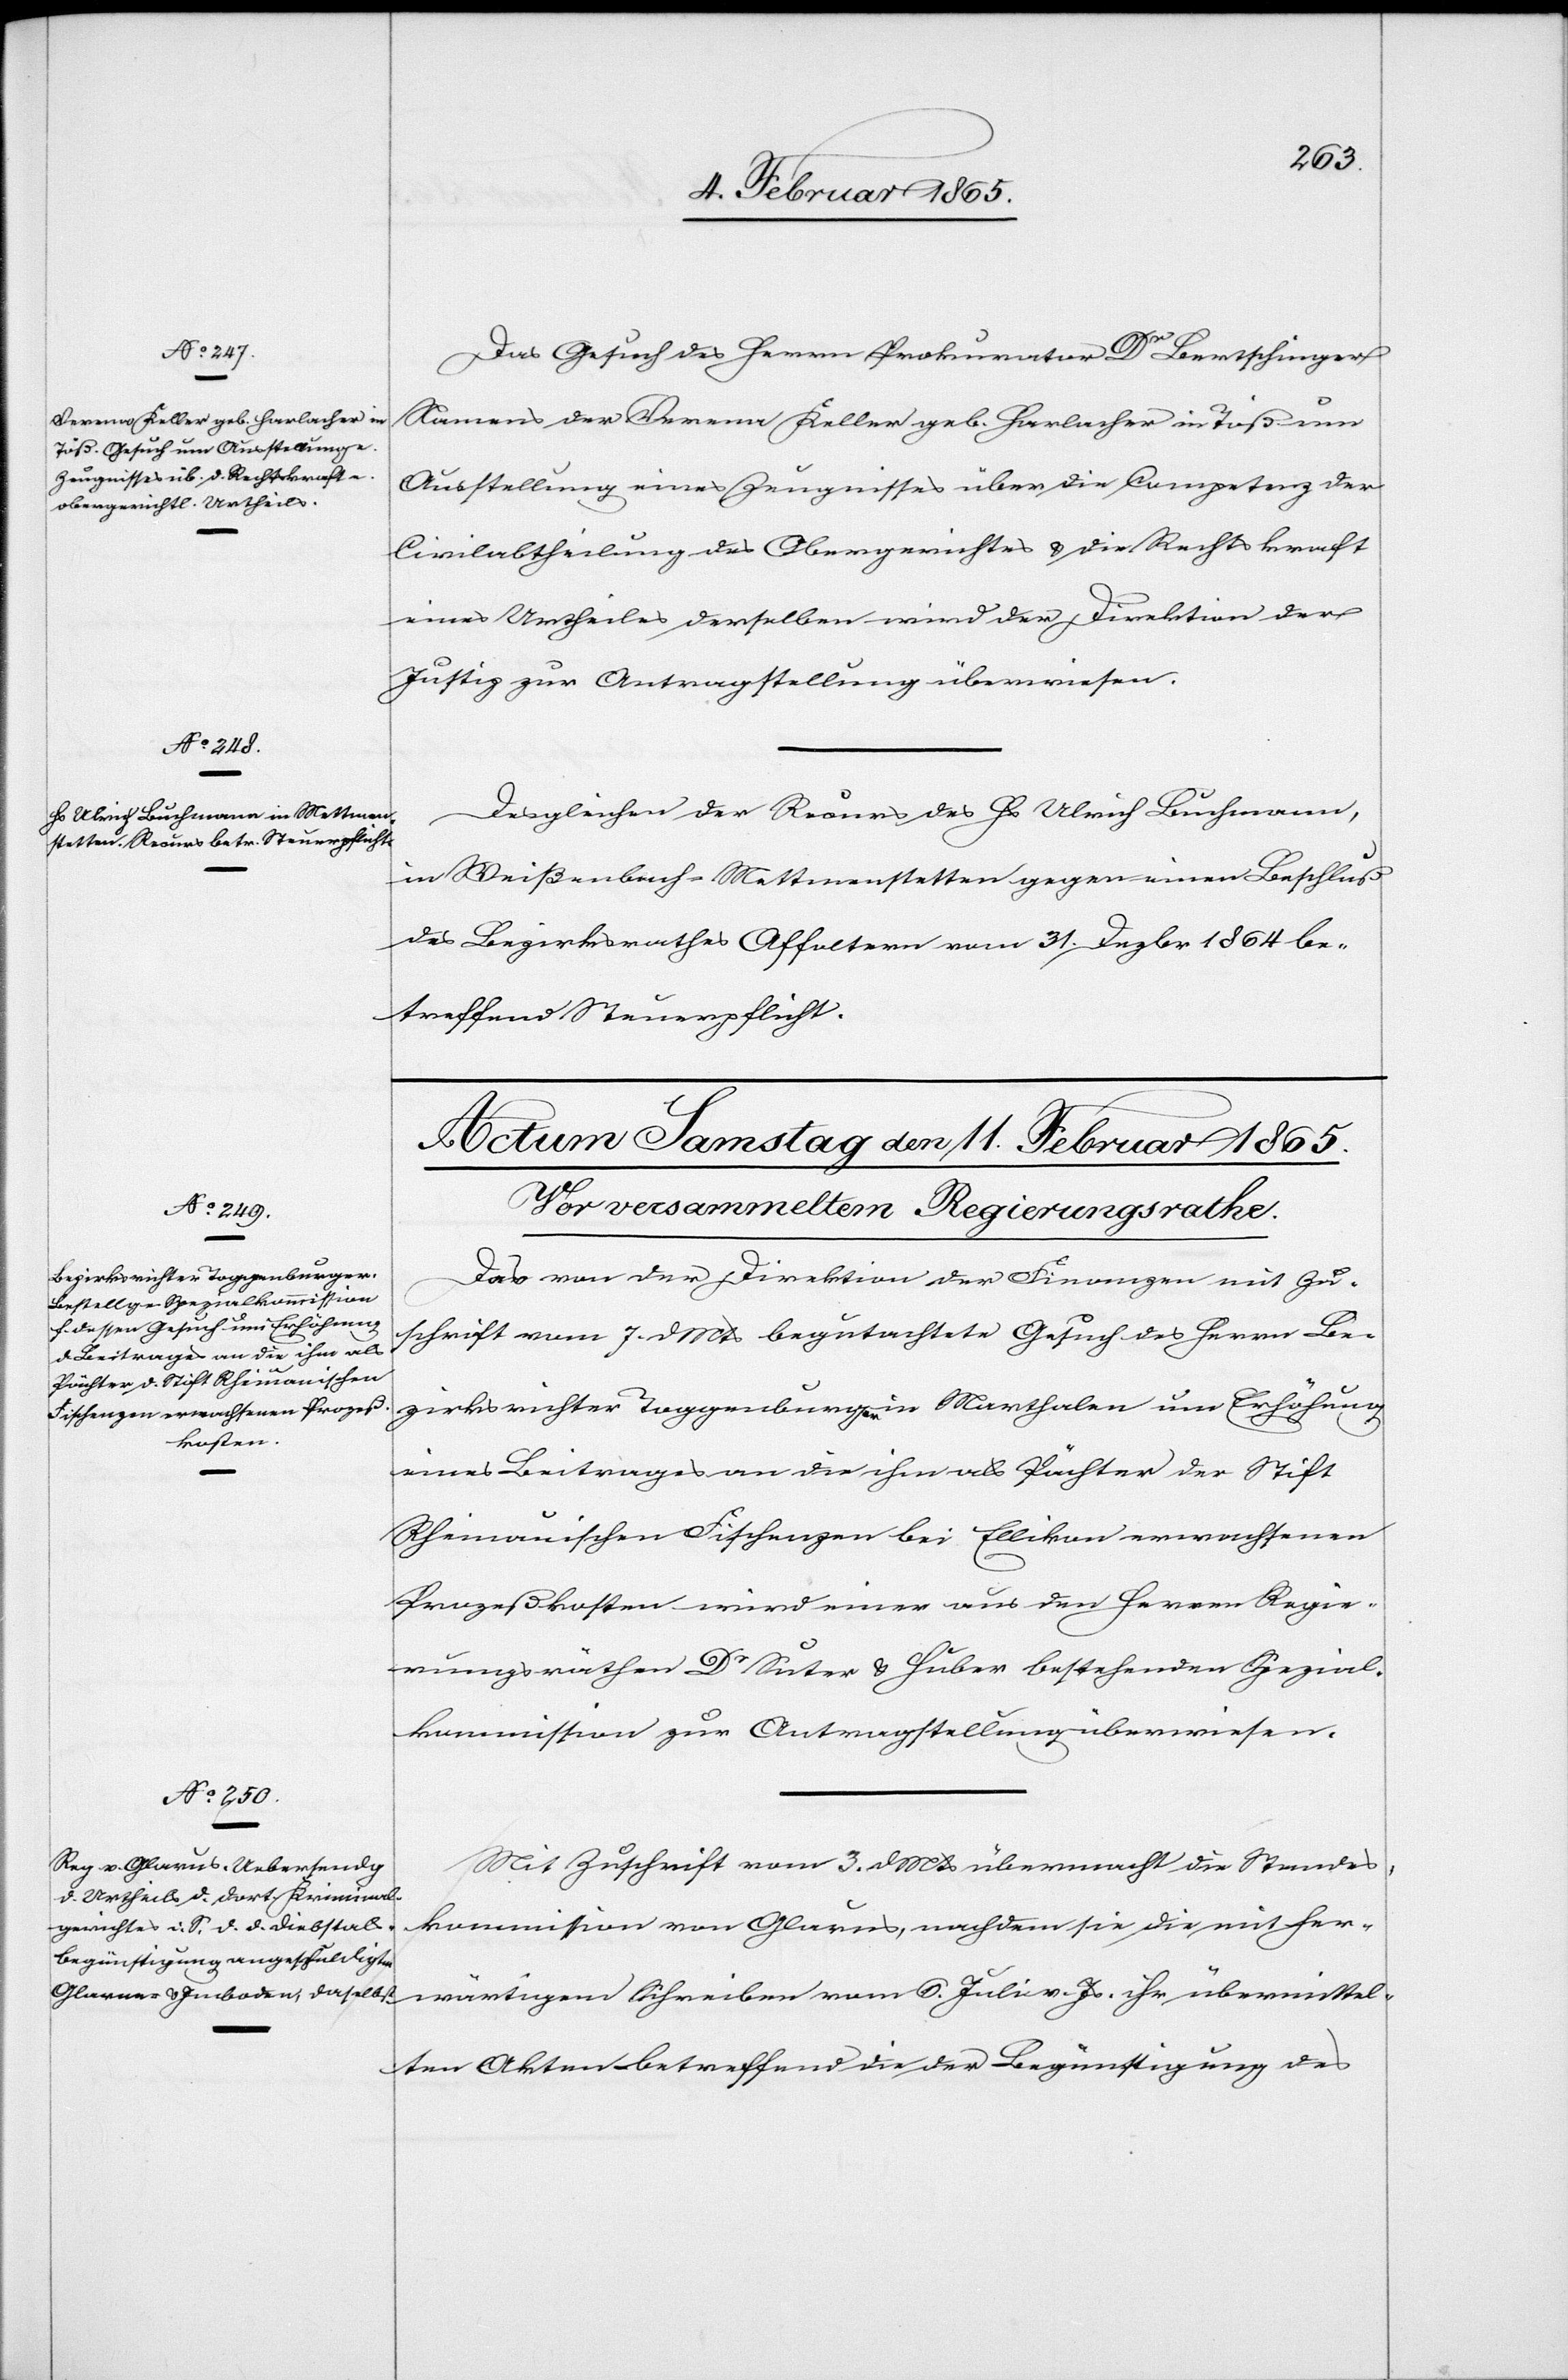
10. Februar 1865.]
Das Gesuch des Herrn Prokurator Dr Bertschinger
Namens der Verena Keller geb. Harlacher in Töß um
Ausstellung eines Zeugnisses über die Competenz der
Civilabtheilung des Obergerichtes u. die Rechtskraft
eines Urtheiles derselben wird der Direktion der
Justiz zur Antragstellung überwiesen.
Desgleichen der Recurs des Hs Ulrich Buchmann,
in Weisenbach-Mettmenstetten gegen einen Beschluß
des Bezirksrathes Affoltern vom 31. Dezbr. 1864 be¬
treffend Steuerpflicht.
Das von der Direktion der Finanzen mit Zu¬
schrift vom 7. d Mts begutachtete Gesuch des Herrn Be¬
zirksrichter Toggenburger in Marthalen um Erhöhung
eines Beitrages an die ihm als Pächter der Stift
Rheinauischen Fischenzen bei Ellikon erwachsenen
Prozeßkosten wird einer aus den Herren Regie¬
rungsräthen Dr Suter u. Huber bestehenden Spezial¬
kommission zur Antragstellung überwiesen.
Mit Zuschrift vom 3. d Mts übermacht die Standes¬
kommission von Glarus, nachdem sie die mit her¬
wärtigem Schreiben vom 6. Juli v. Js. ihr übermittel¬
ten Akten betreffend die der Begünstigung des